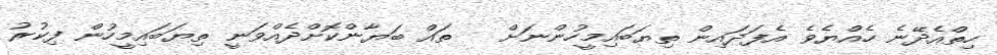
ހިތްއެދޭނެ ހެއްޔެވެ އެފަދައިން ތިޔަބައިމީހުންނަށް   ތައް ބަޔާންކޮށްދެއްވަނީ ތިޔަބައިމީހުން ފިކުރު